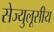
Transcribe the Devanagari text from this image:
सेज्युलूसीय